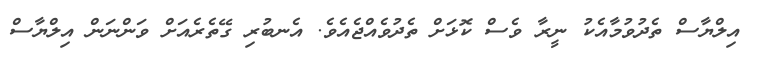
އިލްޔާސް ތެދުވުމާއެކު ނީރާ ވެސް ކޮޅަށް ތެދުވެއްޖެއެވެ. އެނބުރި ގޭތެރެއަށް ވަންނަން އިލްޔާސް